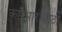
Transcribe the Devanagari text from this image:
कारभारासाठी